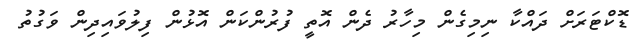
ޑޮކްޓަރަށް ދައްކާ ނިމިގެން މިހާރު ދެން އޮތީ ފުރުންކަން އޮޅުން ފިލުވައިދިން ވަގުތު